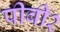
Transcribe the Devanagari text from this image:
पीबी२